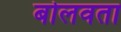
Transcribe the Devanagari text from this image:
बोलवता